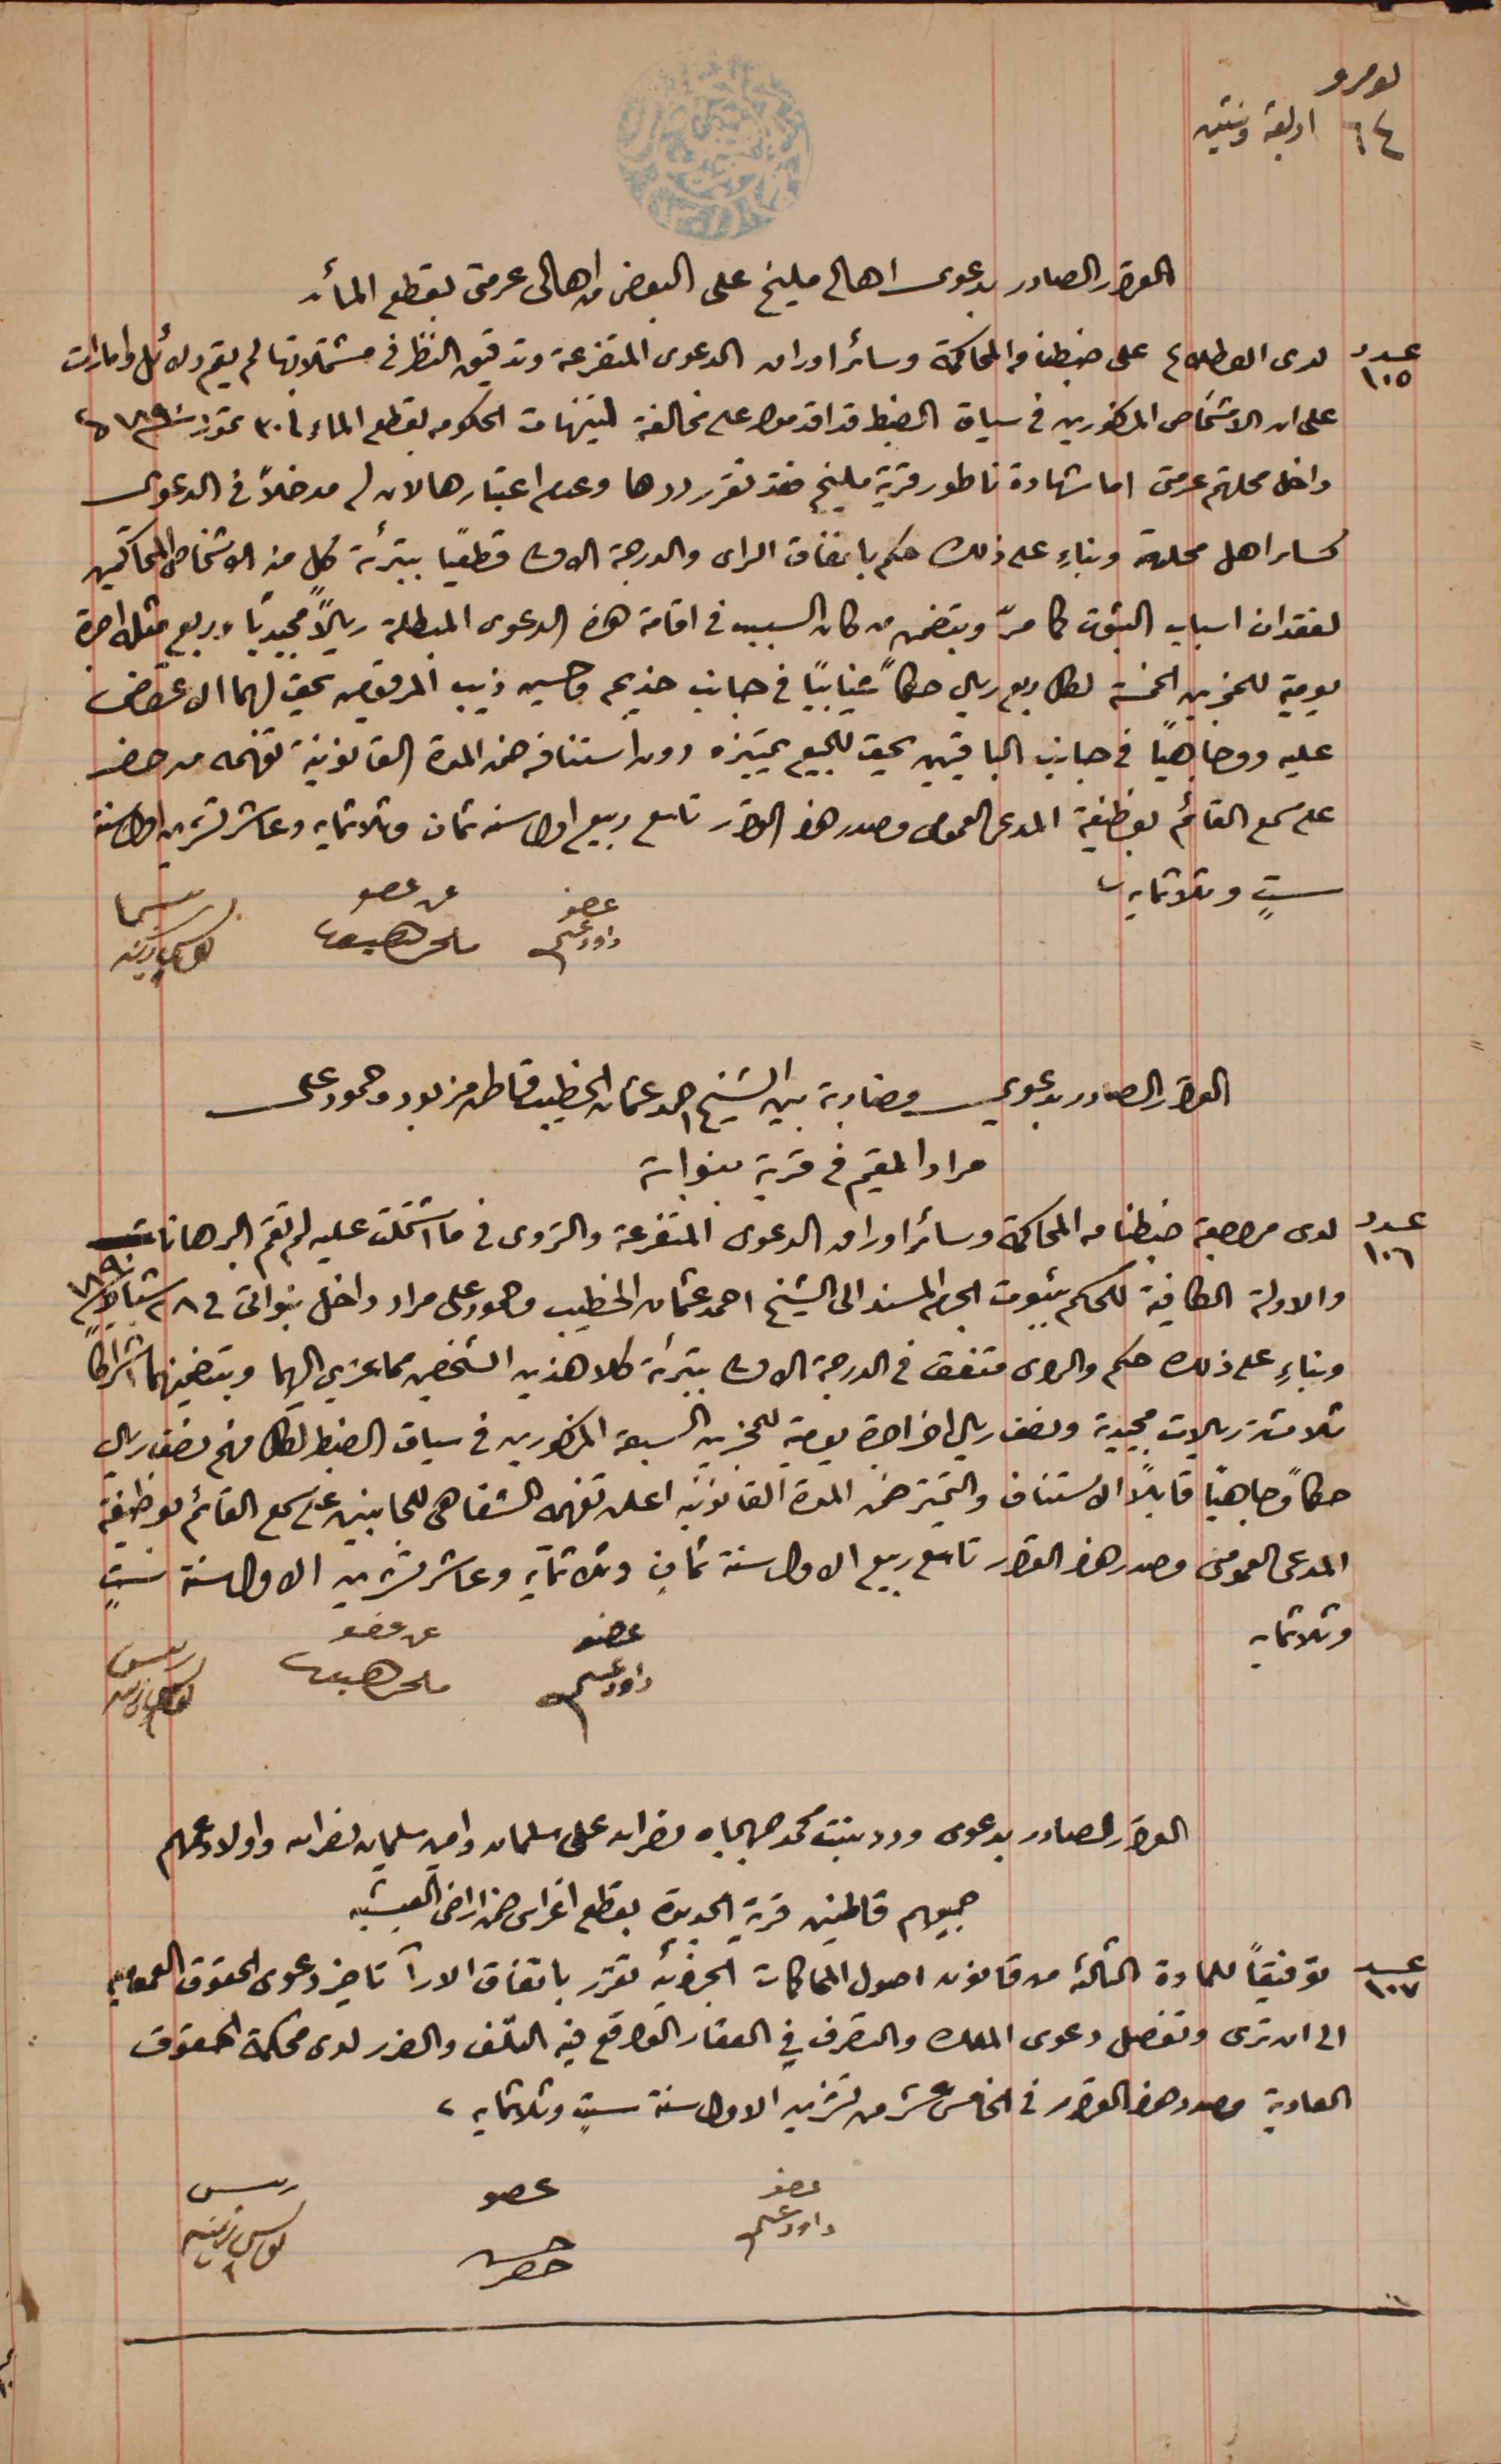
نمرو ٦٤ اربعة وستين
القرار الصادر بدعوى اهالى مليخ على البعض من اهالى عرمتى بقطع المأ.
عدد ١٠٥ لدى الاطلاع على ضبطنا والمحاكمة وسائر اوراق الدعوى المتفرعة وتدقيق النظر فى مشتملاتها لم يقم دلائل وامارات
على ان الاشخاص المذكورين في سياق الضبط قد اقدموا على مخالفة لتنبهات الحكومه بقطع الماء فى ٣٠ تموز سنة ١٨٩٠ من
داخل محلتهم عرمتى اما شهادة ناطور قرية مليخ فقد تقرر ردها وعدم اعتبارها لان له مدخلاً فى الدعوى
كساىر اهل محلة وبناءٍ على ذلك حكم باتفاق الراى والدرجة الاولى قطعيا ًبتبرئة كلٍ من الاشخاص  المحاكمين
لفقدان اسباب الثبوت كما مرّ وبتضمن من كان السبب في اقامة هذه الدعوى المبطلة ريالاً مجيدياً وبربع مثله اجرة
يومية للمجزين الخمسة لكل ربع ريال حكمًا غيابياً فى جانب خديجه وحسين ذيب المرقومين يحق لهما الاعتراض
عليه ووجاهياً فى جانب الباقيين يحق للجميع تمييزه دون استنافه ضمن المدة القانونية تفهمه من حضر
على سمع القائم بوظيفة المدعى العمومى مصدر هذا القرار تاسع ربيع اول سنه ثمان وثلاثمايه وعاشر تشرين اول سنة
ستٍ وثلاثمايه.
عضو داود عسى
القرار الصادر بدعوي مضاربة بين الشيخ احمد عثمان الخطيب قماطى بدر وحمود على
مراد المقيم في قرية بنواتى
عدد ١٠٦ لدى مراجعة ضبطنا من المحاكمة وسائر اوراق الدعوى المتفرعة والتروى في ما اشتملت عليه لم تقم البرهانات
والادلة الكافية للحكم بثبوت الجرم المسند الى الشيخ احمد عثمان الخطيب وحمود على مراد داخل بنواتى في ٢٨ شباط سنة ١٨٩٠
وبناءٍ على ذلك حكم والراى متفق فى الدرجة الاولى بتبرئة كلا هذين الشخصين مما عزي اليهما وبتضمينهما اشراكاً
ثلاثة ريالات مجيدية ونصف ريال اخر اجرة يومية للمجزين السبعة المذكورين في سياق الضبط لكل منهم نصف ريال
حكماً وجاهياً قابلاً الاستناف والتمييز ضمن المدة القانونية اعلن تفهمه الشفاهى للجانبين على سمع القائم بوظيفة
المدعى العمومى وصدر هذا القرار تاسع ربيع الاول سنة ثمانٍ وثلاثماية وعاشر تشرين الاول سنة ستٍ
وثلاثمايه
عضو داود عسى
القرار الصادر بدعوى ورد بنت محمد جهجاه نصرالله على سليمان وامين سليمان نصرالله واولاد عمهم
جميعهم قاطنين قرية الجديدة بقطع اغراس ضمن اراضى العيشيه
عدد ١٠٧ توفيقاً للمادة الثالثة من قانون اصول المحاكمات الجزائية تقرر باتفاق الارآ تاخير دعوى الحقوق العموميه
الى ان ترى وتفصل دعوى الملك والتصرف في العقار الواقع فيه التلف والضرر لدى محكمة الحقوق
العادية مصدر هذا القرار في الخامس عشر من تشرين الاولى سنة ستٍ وثلاثماية.
عضو داود عسى
عن عضو ملحم سعيفان
رئيس يوسف زينه
عن عضو ملحم سعيفان
رئيس يوسف زينه
عضو حسن حصِر
رئيس يوسف زينه